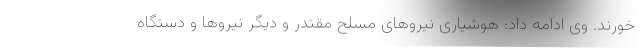
خورند. وی ادامه داد: هوشیاری نیروهای مسلح مقتدر و دیگر نیروها و دستگاه